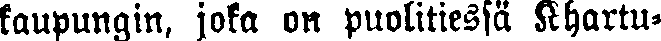
kaupungin, joka on puolitiessä Khartu-